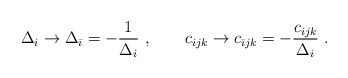
\begin{align*}\Delta_{i} \rightarrow\Delta_{\bar\imath} = -{1\over\Delta_i}\ , \qquad c_{ijk} \rightarrow c_{\bar\imath j k} = -{c_{ijk} \over \Delta_i}\ .\end{align*}